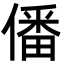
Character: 僠